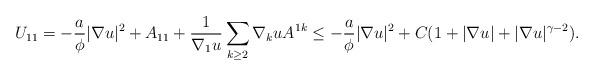
LaTeX: \begin{align*}U_{11} = - \frac{a}{\phi} |\nabla u|^2 + A_{11} + \frac{1}{\nabla_1 u} \sum_{k \geq 2} \nabla_k u A^{1k} \leq - \frac{a}{\phi} |\nabla u|^2 + C (1 + |\nabla u| + |\nabla u|^{\gamma-2}).\end{align*}